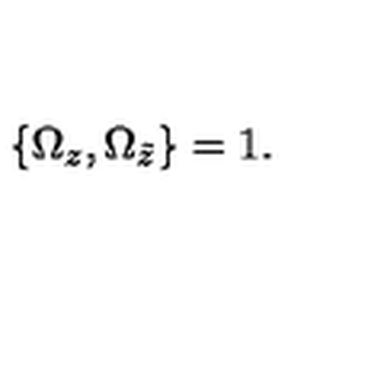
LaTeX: { \{ \Omega _ { z } , \Omega _ { \tilde { z } } \} } = 1 .